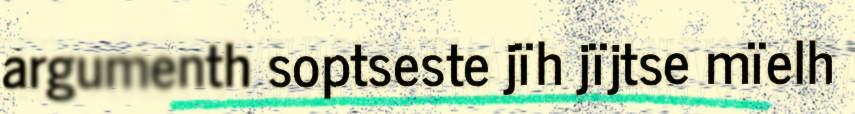
argumenth soptseste jïh jïjtse mïelh